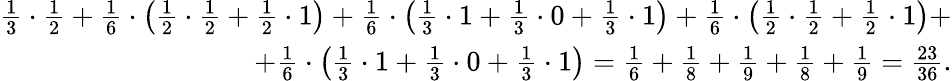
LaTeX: \begin{array}{r}{\frac{1}{3}\cdot\frac{1}{2}+\frac{1}{6}\cdot\left(\frac{1}{2}\cdot\frac{1}{2}+\frac{1}{2}\cdot 1\right)+\frac{1}{6}\cdot\left(\frac{1}{3}\cdot 1+\frac{1}{3}\cdot 0+\frac{1}{3}\cdot 1\right)+\frac{1}{6}\cdot\left(\frac{1}{2}\cdot\frac{1}{2}+\frac{1}{2}\cdot 1\right)+}\\ {+\frac{1}{6}\cdot\left(\frac{1}{3}\cdot 1+\frac{1}{3}\cdot 0+\frac{1}{3}\cdot 1\right)=\frac{1}{6}+\frac{1}{8}+\frac{1}{9}+\frac{1}{8}+\frac{1}{9}=\frac{23}{36}.}\end{array}